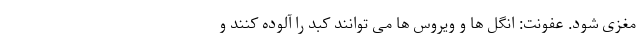
مغزی شود. عفونت: انگل ها و ویروس ها می توانند کبد را آلوده کنند و